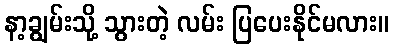
နာ့ချွမ်းသို့ သွားတဲ့ လမ်း ပြပေးနိုင်မလား။